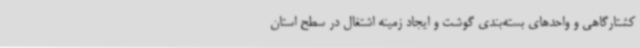
کشتارگاهی و واحدهای بسته‌بندی گوشت و ایجاد زمینه اشتغال در سطح استان